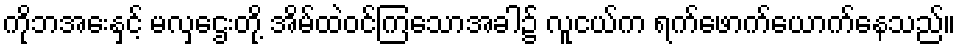
ကိုဘအေးနှင့် မလှဌေးတို့ အိမ်ထဲဝင်ကြသောအခါ၌ လူငယ်က ရက်ဖောက်ယောက်နေသည်။